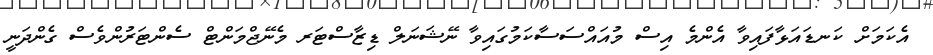
އެކަމަށް ކަނޑައަޅާފައިވާ އެންމެ އިސް މުއައްސަސާކަމުގައިވާ ނޭޝަނަލް ޑިޒާސްޓަރ މެނޭޖްމަންޓް ސެންޓަރުންވެސް ގެންދަނީ